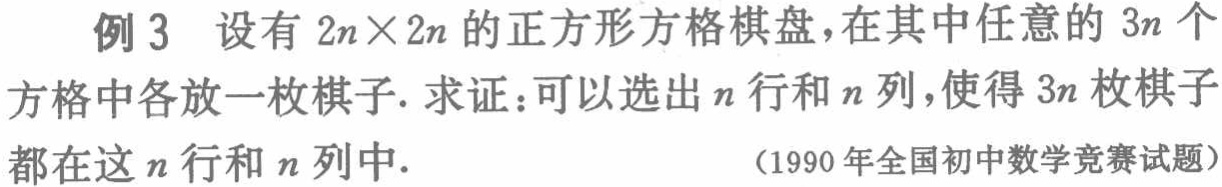
例 3 设有 \(2n\times 2n\) 的正方形方格棋盘，在其中任意的 \(3n\) 个方格中各放一枚棋子. 求证：可以选出 \(n\) 行和 \(n\) 列，使得 \(3n\) 枚棋子都在这 \(n\) 行和 \(n\) 列中.

（1990 年全国初中数学竞赛试题）